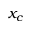
x _ { c }